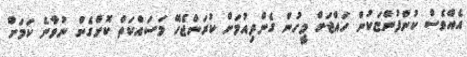
އެއްވެސް ކުންފުންޏަކުން ހައްޖަށް މީހުން ގެންދިއުމަށް ކުރަންޖެހޭ މަސައްކަތް ކޮށްގެން ނުވާނެ ކަމަށް